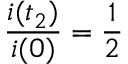
\frac { i ( t _ { 2 } ) } { i ( 0 ) } = \frac { 1 } { 2 }